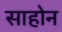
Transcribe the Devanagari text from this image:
साहोन